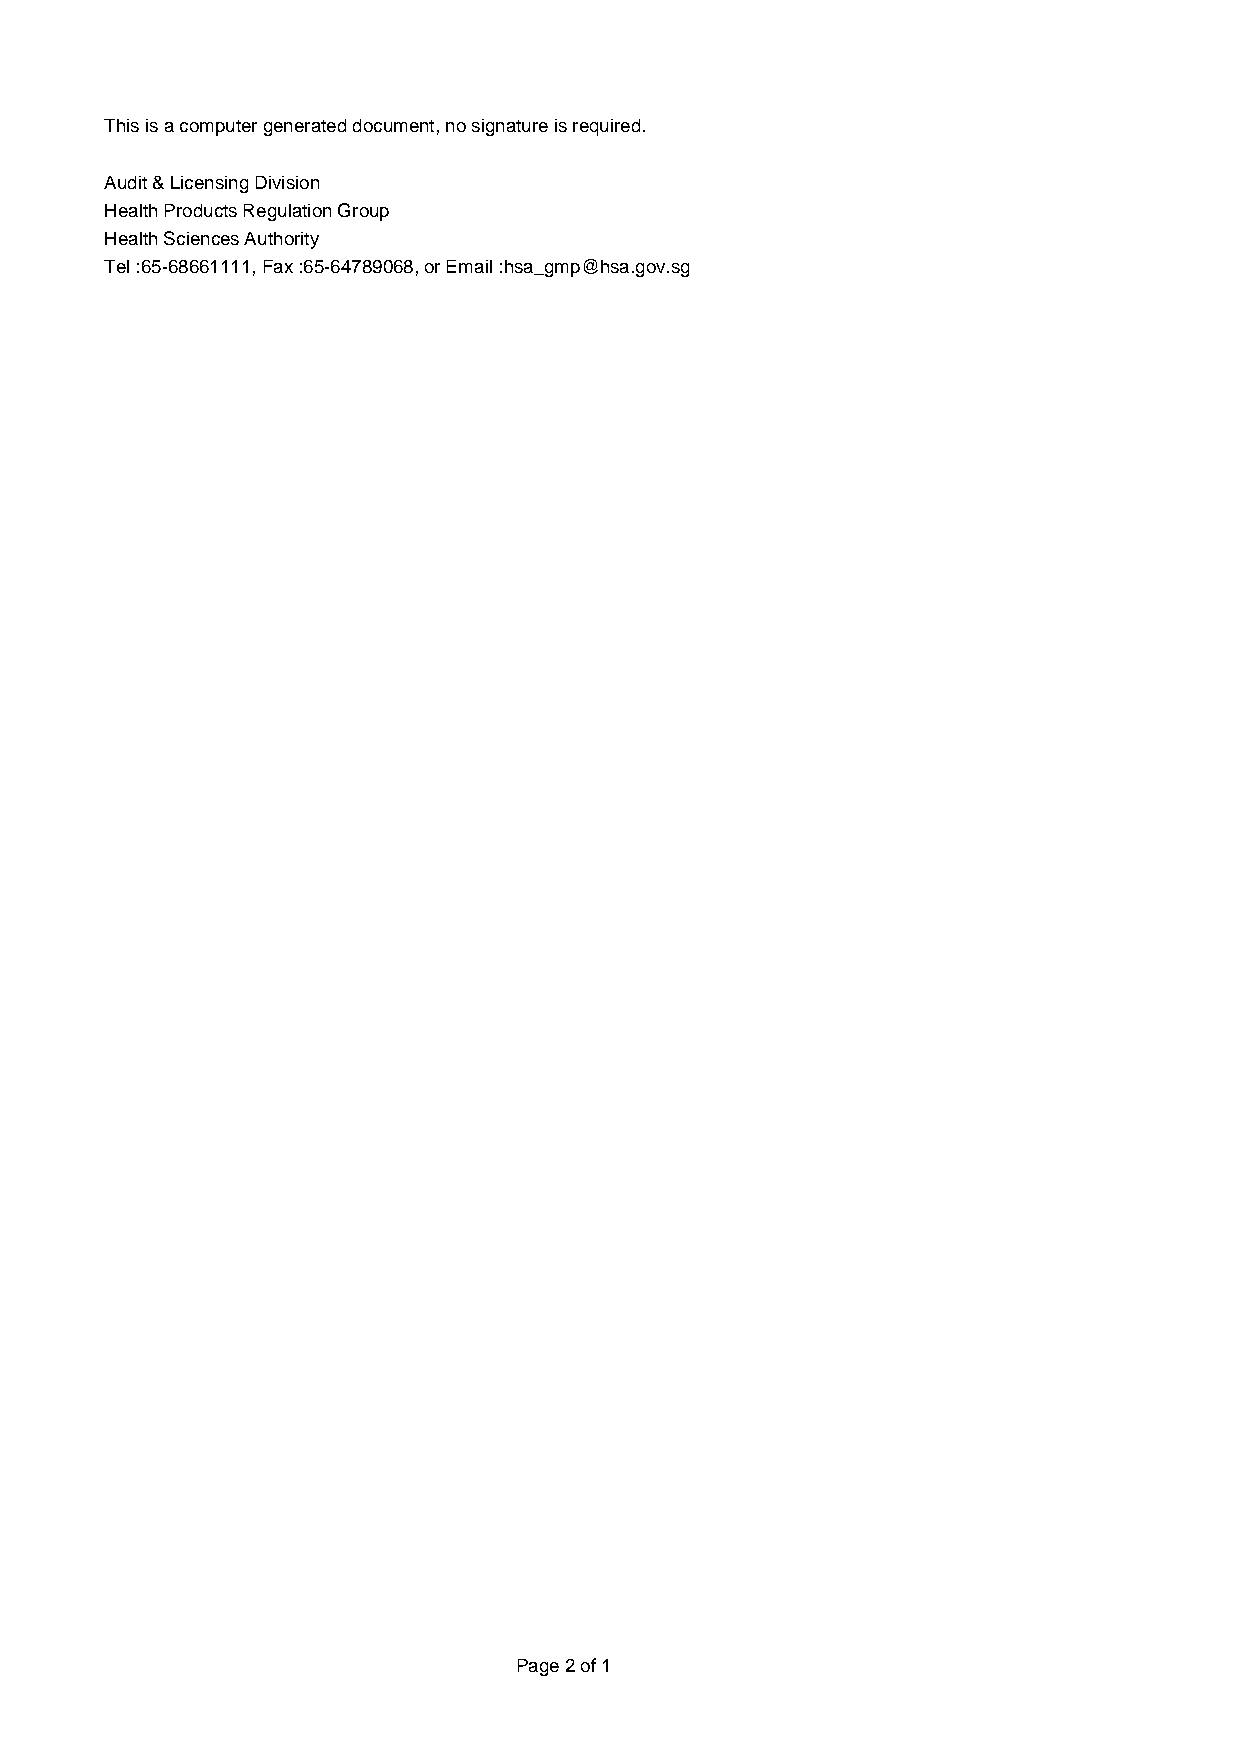
This is a computer generated document, no signature is required.
 Audit & Licensing Division
 Health Products Regulation Group
 Health Sciences Authority
 Tel :65-68661111, Fax :65-64789068, or Email :hsa_gmp@hsa.gov.sg
 Page 2 of 1